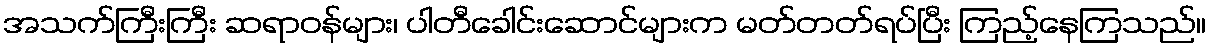
အသက်ကြီးကြီး ဆရာဝန်များ၊ ပါတီခေါင်းဆောင်များက မတ်တတ်ရပ်ပြီး ကြည့်နေကြသည်။